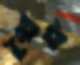
স্বৈর